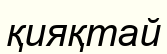
қияқтай